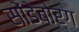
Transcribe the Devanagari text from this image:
सोंडेबोर्ग